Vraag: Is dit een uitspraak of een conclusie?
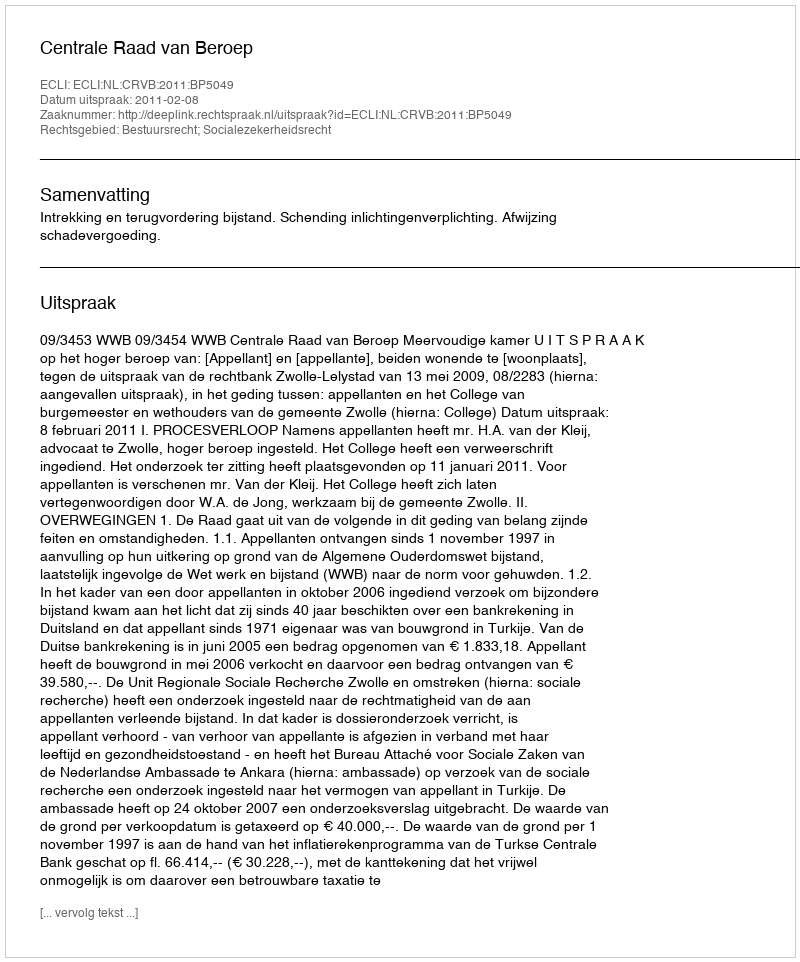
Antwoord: Uitspraak